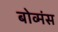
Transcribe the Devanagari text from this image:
बोव्मंस